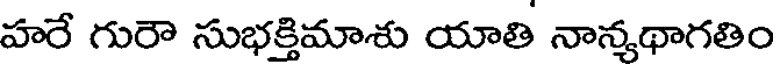
హరే గురౌ సుభక్తిమాశు యాతి నాన్యథాగతిం